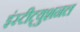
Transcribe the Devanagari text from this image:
इंस्टीट्युशनल